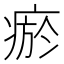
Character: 瘀